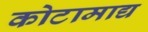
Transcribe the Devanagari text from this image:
कोटामाद्य